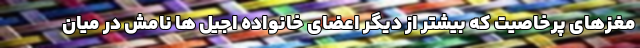
مغزهای پرخاصیت که بیشتر از دیگر اعضای خانواده اجیل ها نامش در میان